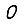
Digit: 0